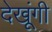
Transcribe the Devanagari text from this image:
देखूंगी